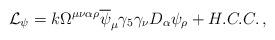
LaTeX: \begin{align*}\mathcal{L}_{\psi }=k\Omega ^{\mu \nu \alpha \rho }\overline{\psi }_{\mu}\gamma _{5}\gamma _{\nu }D_{\alpha }\psi _{\rho }+H.C.C.\,,\end{align*}